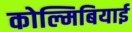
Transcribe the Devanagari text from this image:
कोल्मिबियाई